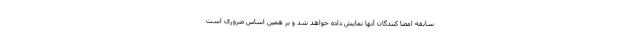
سابقه امضا کنندگان آنها نمایش داده خواهد شد و بر همین اساس ضروری است